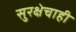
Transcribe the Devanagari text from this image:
सुरक्षेचाही